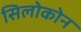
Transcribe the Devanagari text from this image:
सिलोकोन